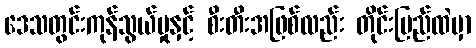
ဒေသတွင်းကုန်သွယ်မှုနှင့် စီးတီးအဖြစ်လည်း တိုင်းပြည်ထဲမှာ